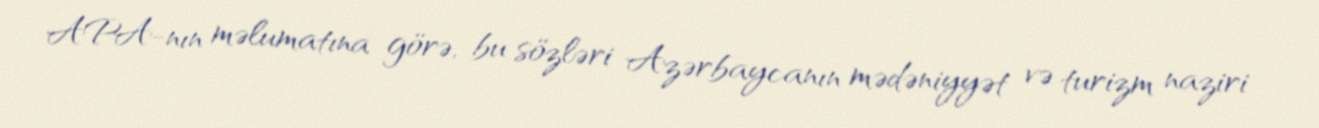
APA-nın məlumatına görə, bu sözləri Azərbaycanın mədəniyyət və turizm naziri